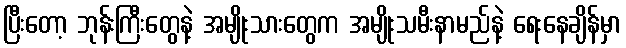
ပြီးတော့ ဘုန်းကြီးတွေနဲ့ အမျိုးသားတွေက အမျိုးသမီးနာမည်နဲ့ ရေးနေချိန်မှာ